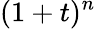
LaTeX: (1+t)^{n}